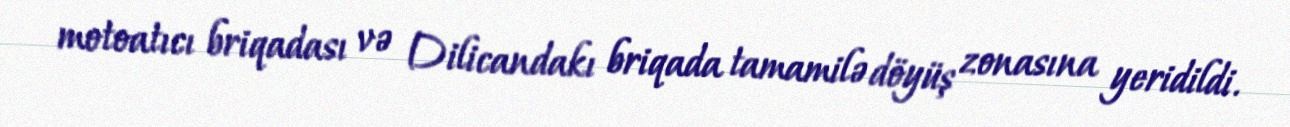
motoatıcı briqadası və Dilicandakı briqada tamamilə döyüş zonasına yeridildi.